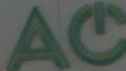
AC